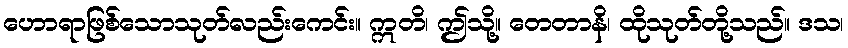
ဟောရာဖြစ်သောသုတ်လည်းကေင်း။ ဣတိ၊ ဤသို့။ တေတာနိ၊ ထိုသုတ်တို့သည်။ ဒသ၊